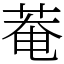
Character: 菴